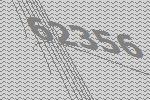
62356